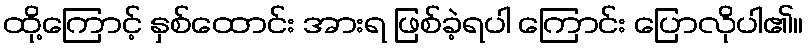
ထို့ကြောင့် နှစ်ထောင်း အားရ ဖြစ်ခဲ့ရပါ ကြောင်း ပြောလိုပါ၏။